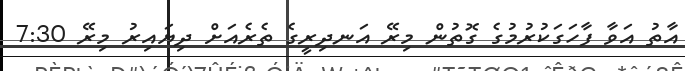
އާތު އަވާ ފާހަގަކުރުމުގެ ގޮތުން މިރޭ އަނދިރީގެ ތެރެއަށް ދިޔައިރު މިރޭ 7:30